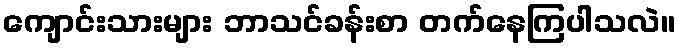
ကျောင်းသားများ ဘာသင်ခန်းစာ တက်နေကြပါသလဲ။